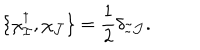
\{ \chi _ { \cal I } ^ { \dagger } , \chi _ { \cal J } \} = { \frac { 1 } { 2 } } \delta _ { { \cal I } { \cal J } } .